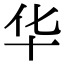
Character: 华